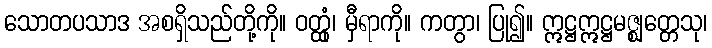
သောတပသာဒ အစရှိသည်တို့ကို။ ဝတ္ထုံ၊ မှီရာကို။ ကတွာ၊ ပြု၍။ ဣဋ္ဌဣဋ္ဌမဇ္ဈတ္တေသု၊